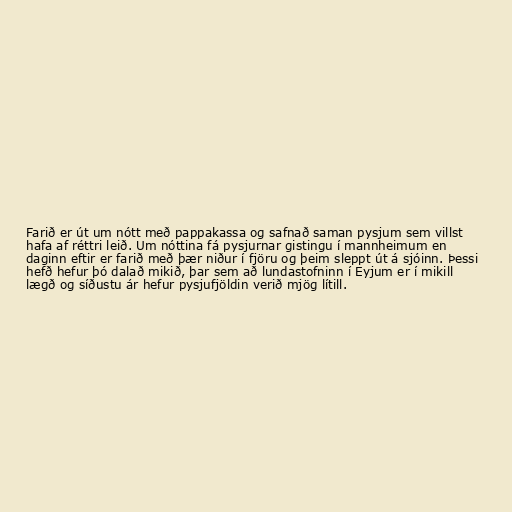
Farið er út um nótt með pappakassa og safnað saman pysjum sem villst
hafa af réttri leið. Um nóttina fá pysjurnar gistingu í mannheimum en
daginn eftir er farið með þær niður í fjöru og þeim sleppt út á sjóinn. Þessi
hefð hefur þó dalað mikið, þar sem að lundastofninn í Eyjum er í mikill
lægð og síðustu ár hefur pysjufjöldin verið mjög lítill.